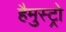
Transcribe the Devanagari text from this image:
हैमुस्ट्रो